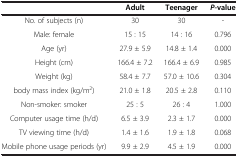
|  | Adult | Teenager | P-value |
 | --- | --- | --- | --- |
 | No. of subjects (n) | 30 | 30 | - |
 | Male: female | 15 : 15 | 14 : 16 | 0.796 |
 | Age (yr) | 27.9 ± 5.9 | 14.8 ± 1.4 | 0.000 |
 | Height (cm) | 166.4 ± 7.2 | 166.4 ± 6.9 | 0.985 |
 | Weight (kg) | 58.4 ± 7.7 | 57.0 ± 10.6 | 0.304 |
 | body mass index (kg/m2) | 21.0 ± 1.8 | 20.5 ± 2.8 | 0.110 |
 | Non-smoker: smoker | 25 : 5 | 26 : 4 | 1.000 |
 | Computer usage time (h/d) | 6.5 ± 3.9 | 2.3 ± 1.7 | 0.000 |
 | TV viewing time (h/d) | 1.4 ± 1.6 | 1.9 ± 1.8 | 0.068 |
 | Mobile phone usage periods (yr) | 9.9 ± 2.9 | 4.5 ± 1.9 | 0.000 |